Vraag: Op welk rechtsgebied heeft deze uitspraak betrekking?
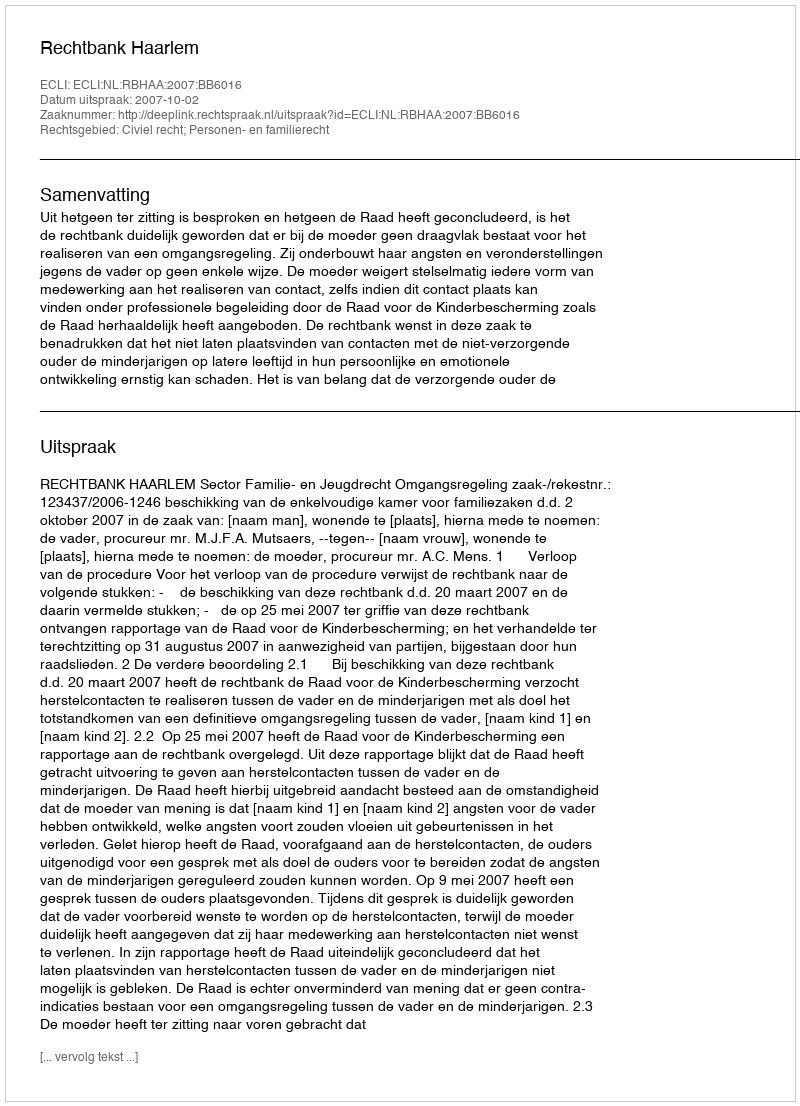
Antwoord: Civiel recht; Personen- en familierecht